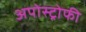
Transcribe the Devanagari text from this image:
अपोस्ट्रोफी